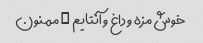
خوش مزه و داغ و آنتایم … ممنون